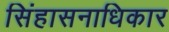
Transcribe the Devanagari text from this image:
सिंहासनाधिकार